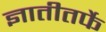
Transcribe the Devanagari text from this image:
ज्ञातीतर्फे